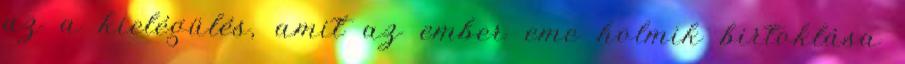
az a kielégülés, amit az ember eme holmik birtoklása